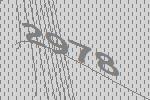
2978